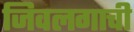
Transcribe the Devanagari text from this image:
जिवलगाची